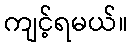
ကျင့်ရမယ်။